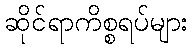
ဆိုင်ရာကိစ္စရပ်များ